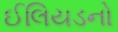
ઈલિયડનો